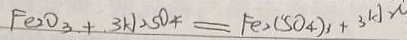
F e _ { 2 } O _ { 3 } + 3 H _ { 2 } S O _ { 4 } = F e _ { 2 } ( S O _ { 4 } ) _ { 3 } + 3 A _ { 2 } O